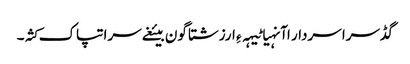
گڈسرا سردار اآنہیا ٹیہہ ءِ ارزشتا گون بیئغے سرا تپاک کثہ۔